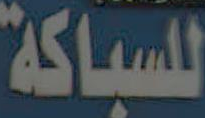
للسباكة